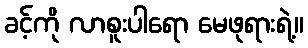
ခင့်ကို လာစူးပါရော မေဖုရားရဲ့။